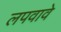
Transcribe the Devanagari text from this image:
लपवावे